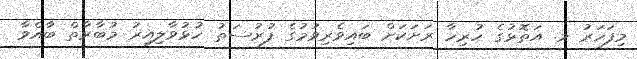
މިފަހަރު މ. އަތޮޅުގެ ހުރިހާ ރަށަކަށް ބައިވެރިވުމުގެ ފުރުސަތު ހުޅުވާލިއިރު މުބާރާތް ބާއްވާ